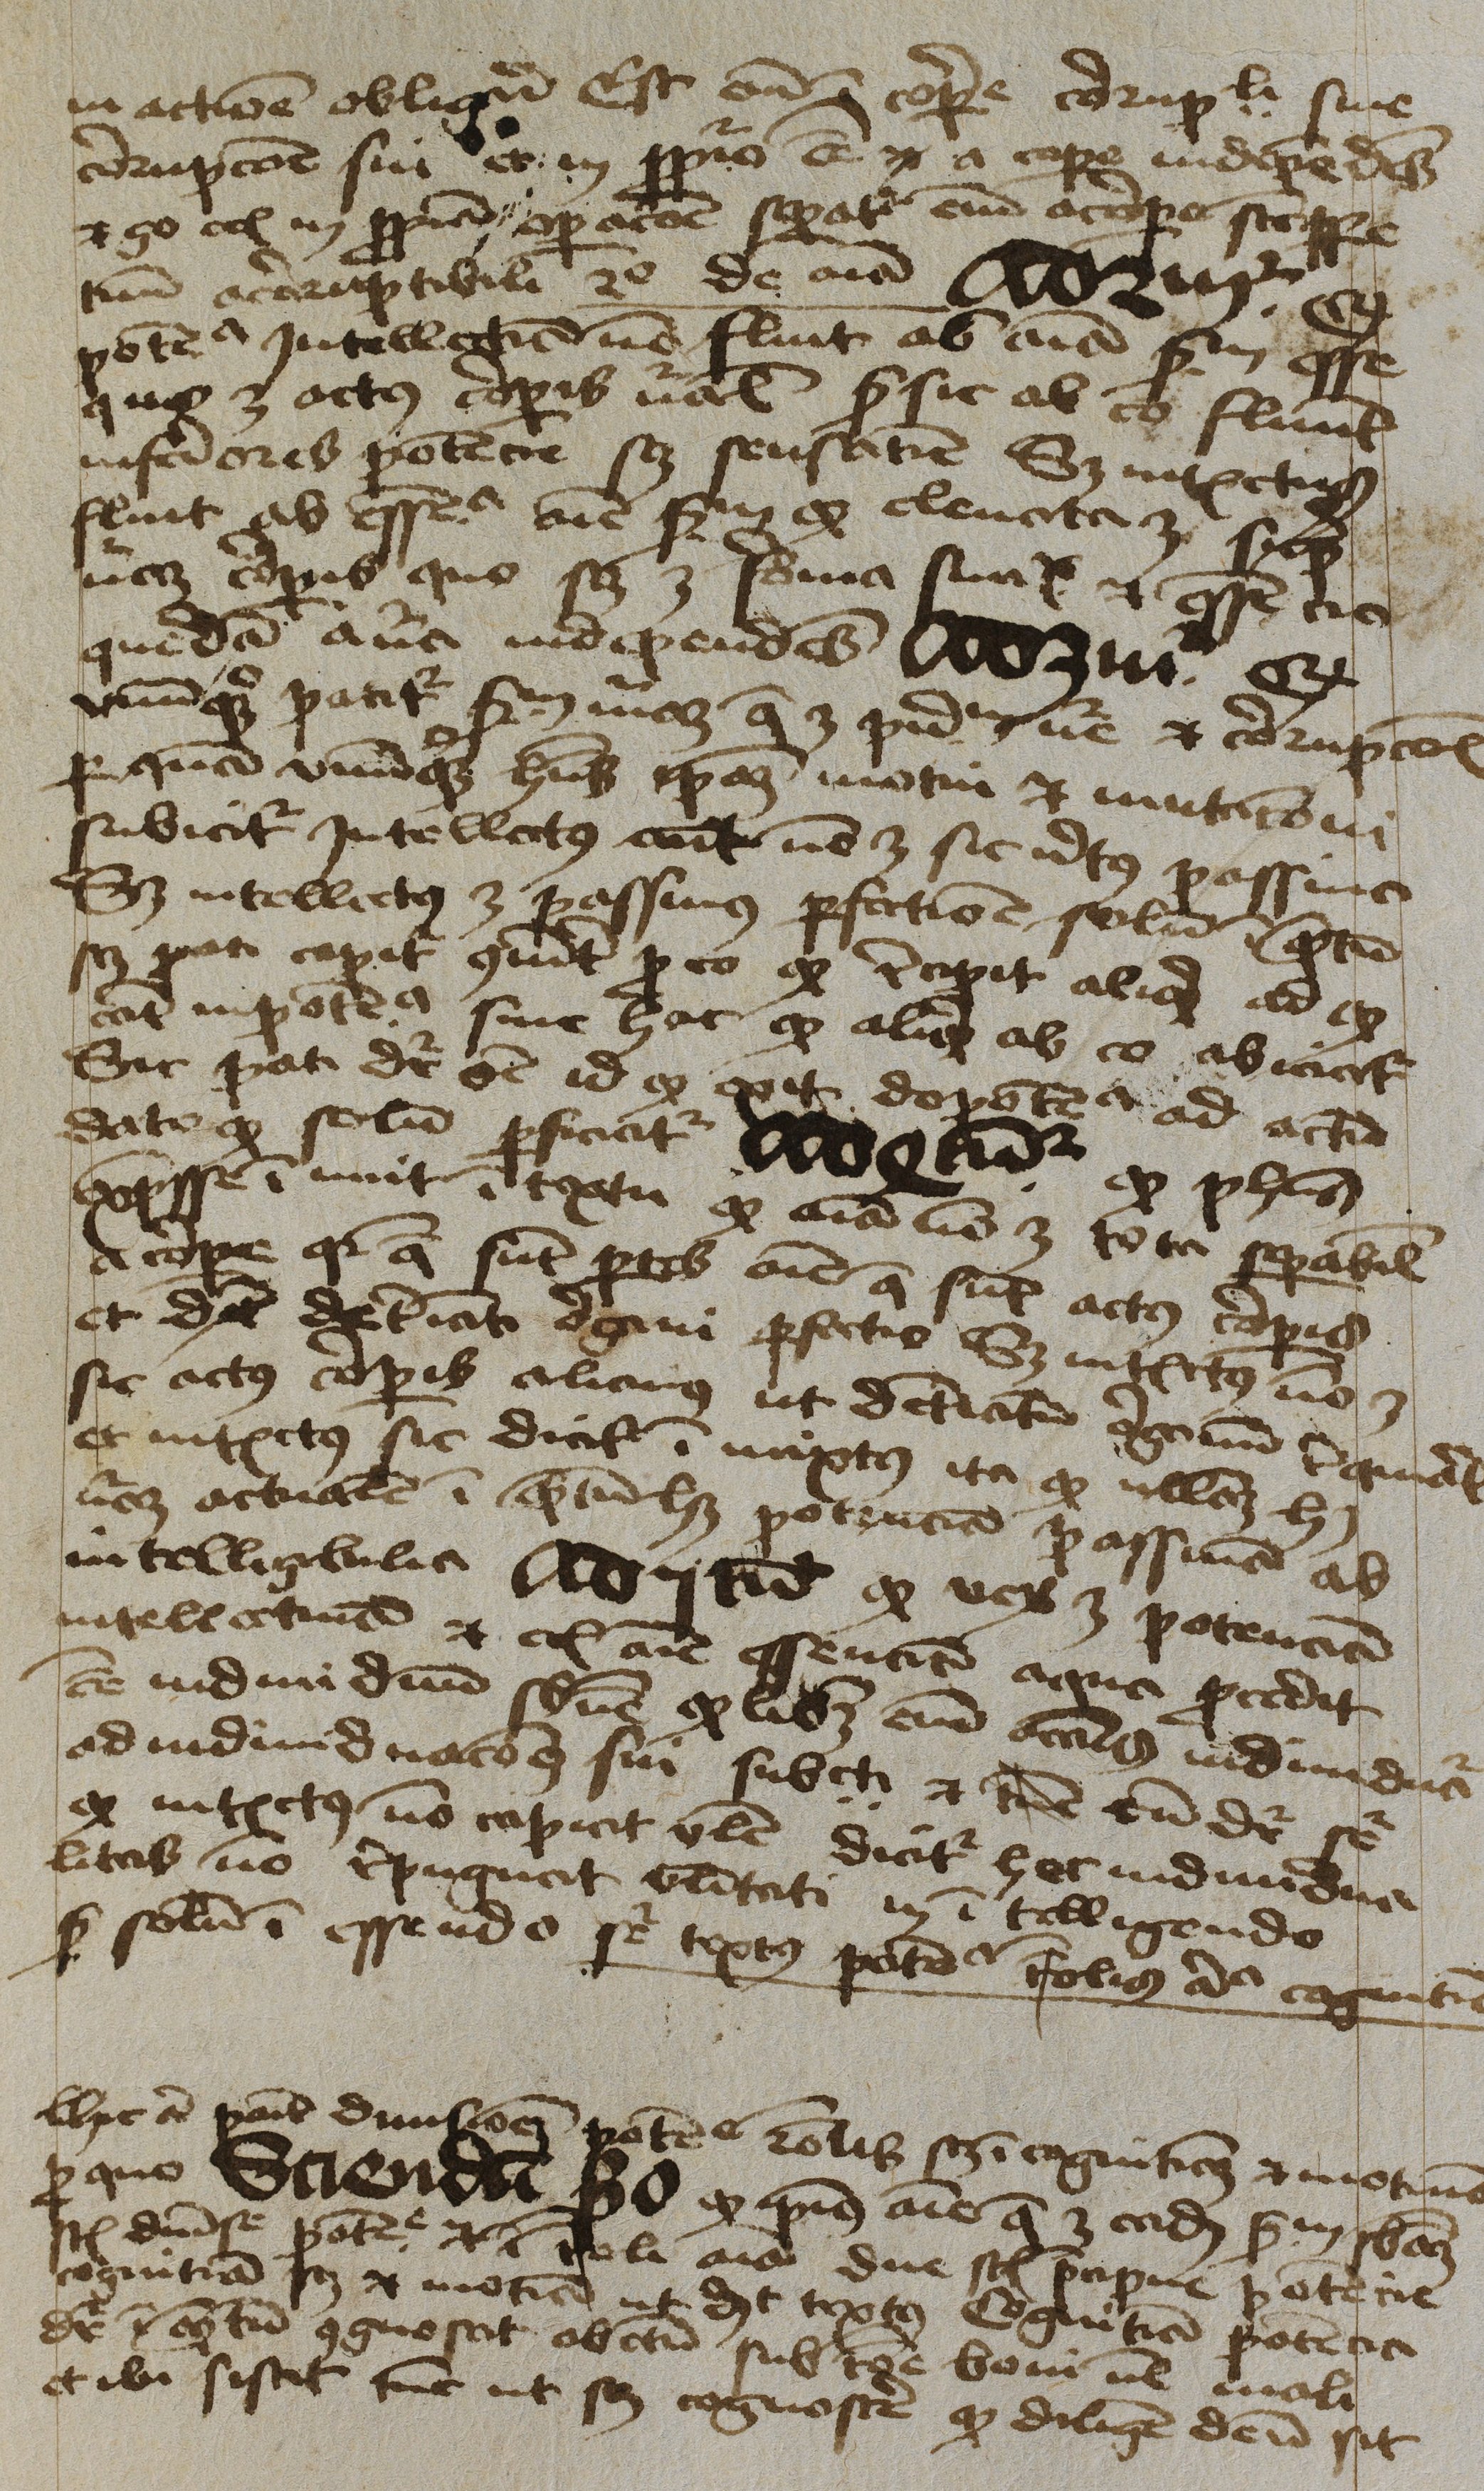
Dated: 1450–1474